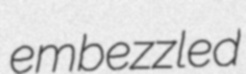
embezzled